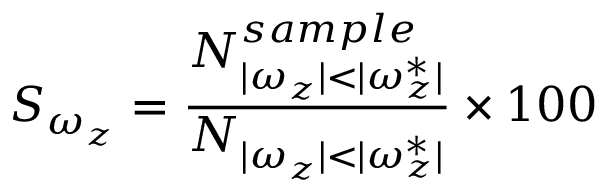
\displaystyle S _ { \omega _ { z } } = \frac { N _ { | \omega _ { z } | < | \omega _ { z } ^ { * } | } ^ { s a m p l e } } { N _ { | \omega _ { z } | < | \omega _ { z } ^ { * } | } } \times 1 0 0